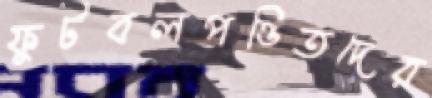
ফুটবলপণ্ডিতদের